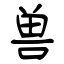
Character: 兽